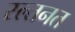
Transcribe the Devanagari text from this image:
स्ल्तनत